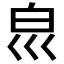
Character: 𰤔